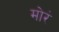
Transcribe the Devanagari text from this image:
मोरं